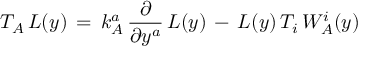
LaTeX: T _ { A } \, L ( y ) \, = \, k _ { A } ^ { a } \, \frac { \partial } { \partial y ^ { a } } \, L ( y ) \, - \, L ( y ) \, T _ { i } \, W _ { A } ^ { i } ( y )